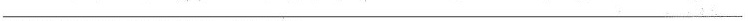
___